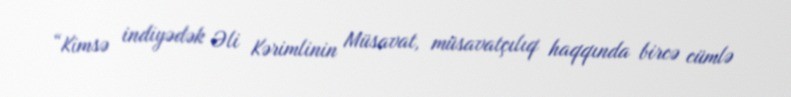
“Kimsə indiyədək Əli Kərimlinin Müsavat, müsavatçılıq haqqında bircə cümlə